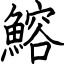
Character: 鰫